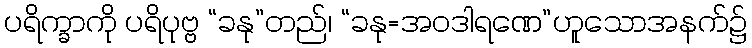
ပရိက္ခာကို ပရိပုဗ္ဗ “ခနု”တည်၊ “ခနု=အဝဒါရဏေ”ဟူသောအနက်၌